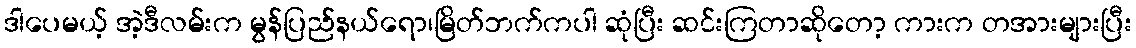
ဒါပေမယ့် အဲ့ဒီလမ်းက မွန်ပြည်နယ်ရော၊မြိတ်ဘက်ကပါ ဆုံပြီး ဆင်းကြတာဆိုတော့ ကားက တအားများပြီး